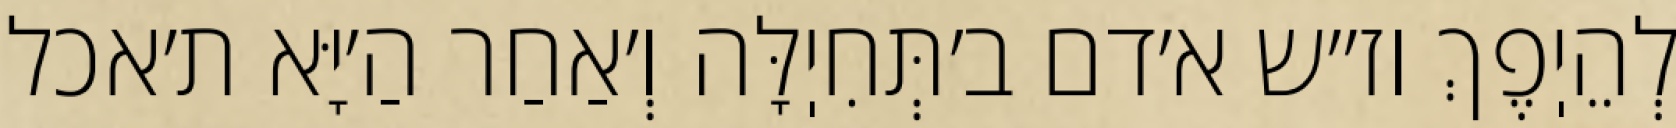
לְהֵיֽפֶךְ וז״ש א׳דם ב׳תְּחִיֽלָּה וְ׳אַחַר הַ׳יָּא ת׳אכל